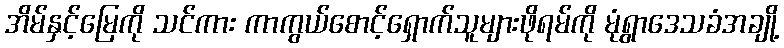
အိမ်နှင့်မြေကို သင်ကား ကာကွယ်စောင့်ရှောက်သူများဖိုရမ်ကို မုံရွာဒေသခံအချို့